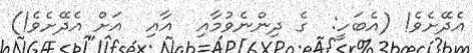
އެދޭށެވެ! (އެބަހީ:  ގެ ދިންނެވުމާއި  އާއި  އަށް އެދޭށެވެ!)